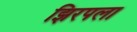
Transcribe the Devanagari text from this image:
झिरपला